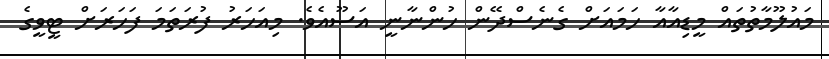
މައުލޫމާތުތައް މީޑިއާއާ ހަމައަށް ގެނެސްދޭން ހުންނާނީ އަސޫއެވެ. މިއަހަރު ފުރަތަމަ ފަހަރަށް ޓީވީގެ